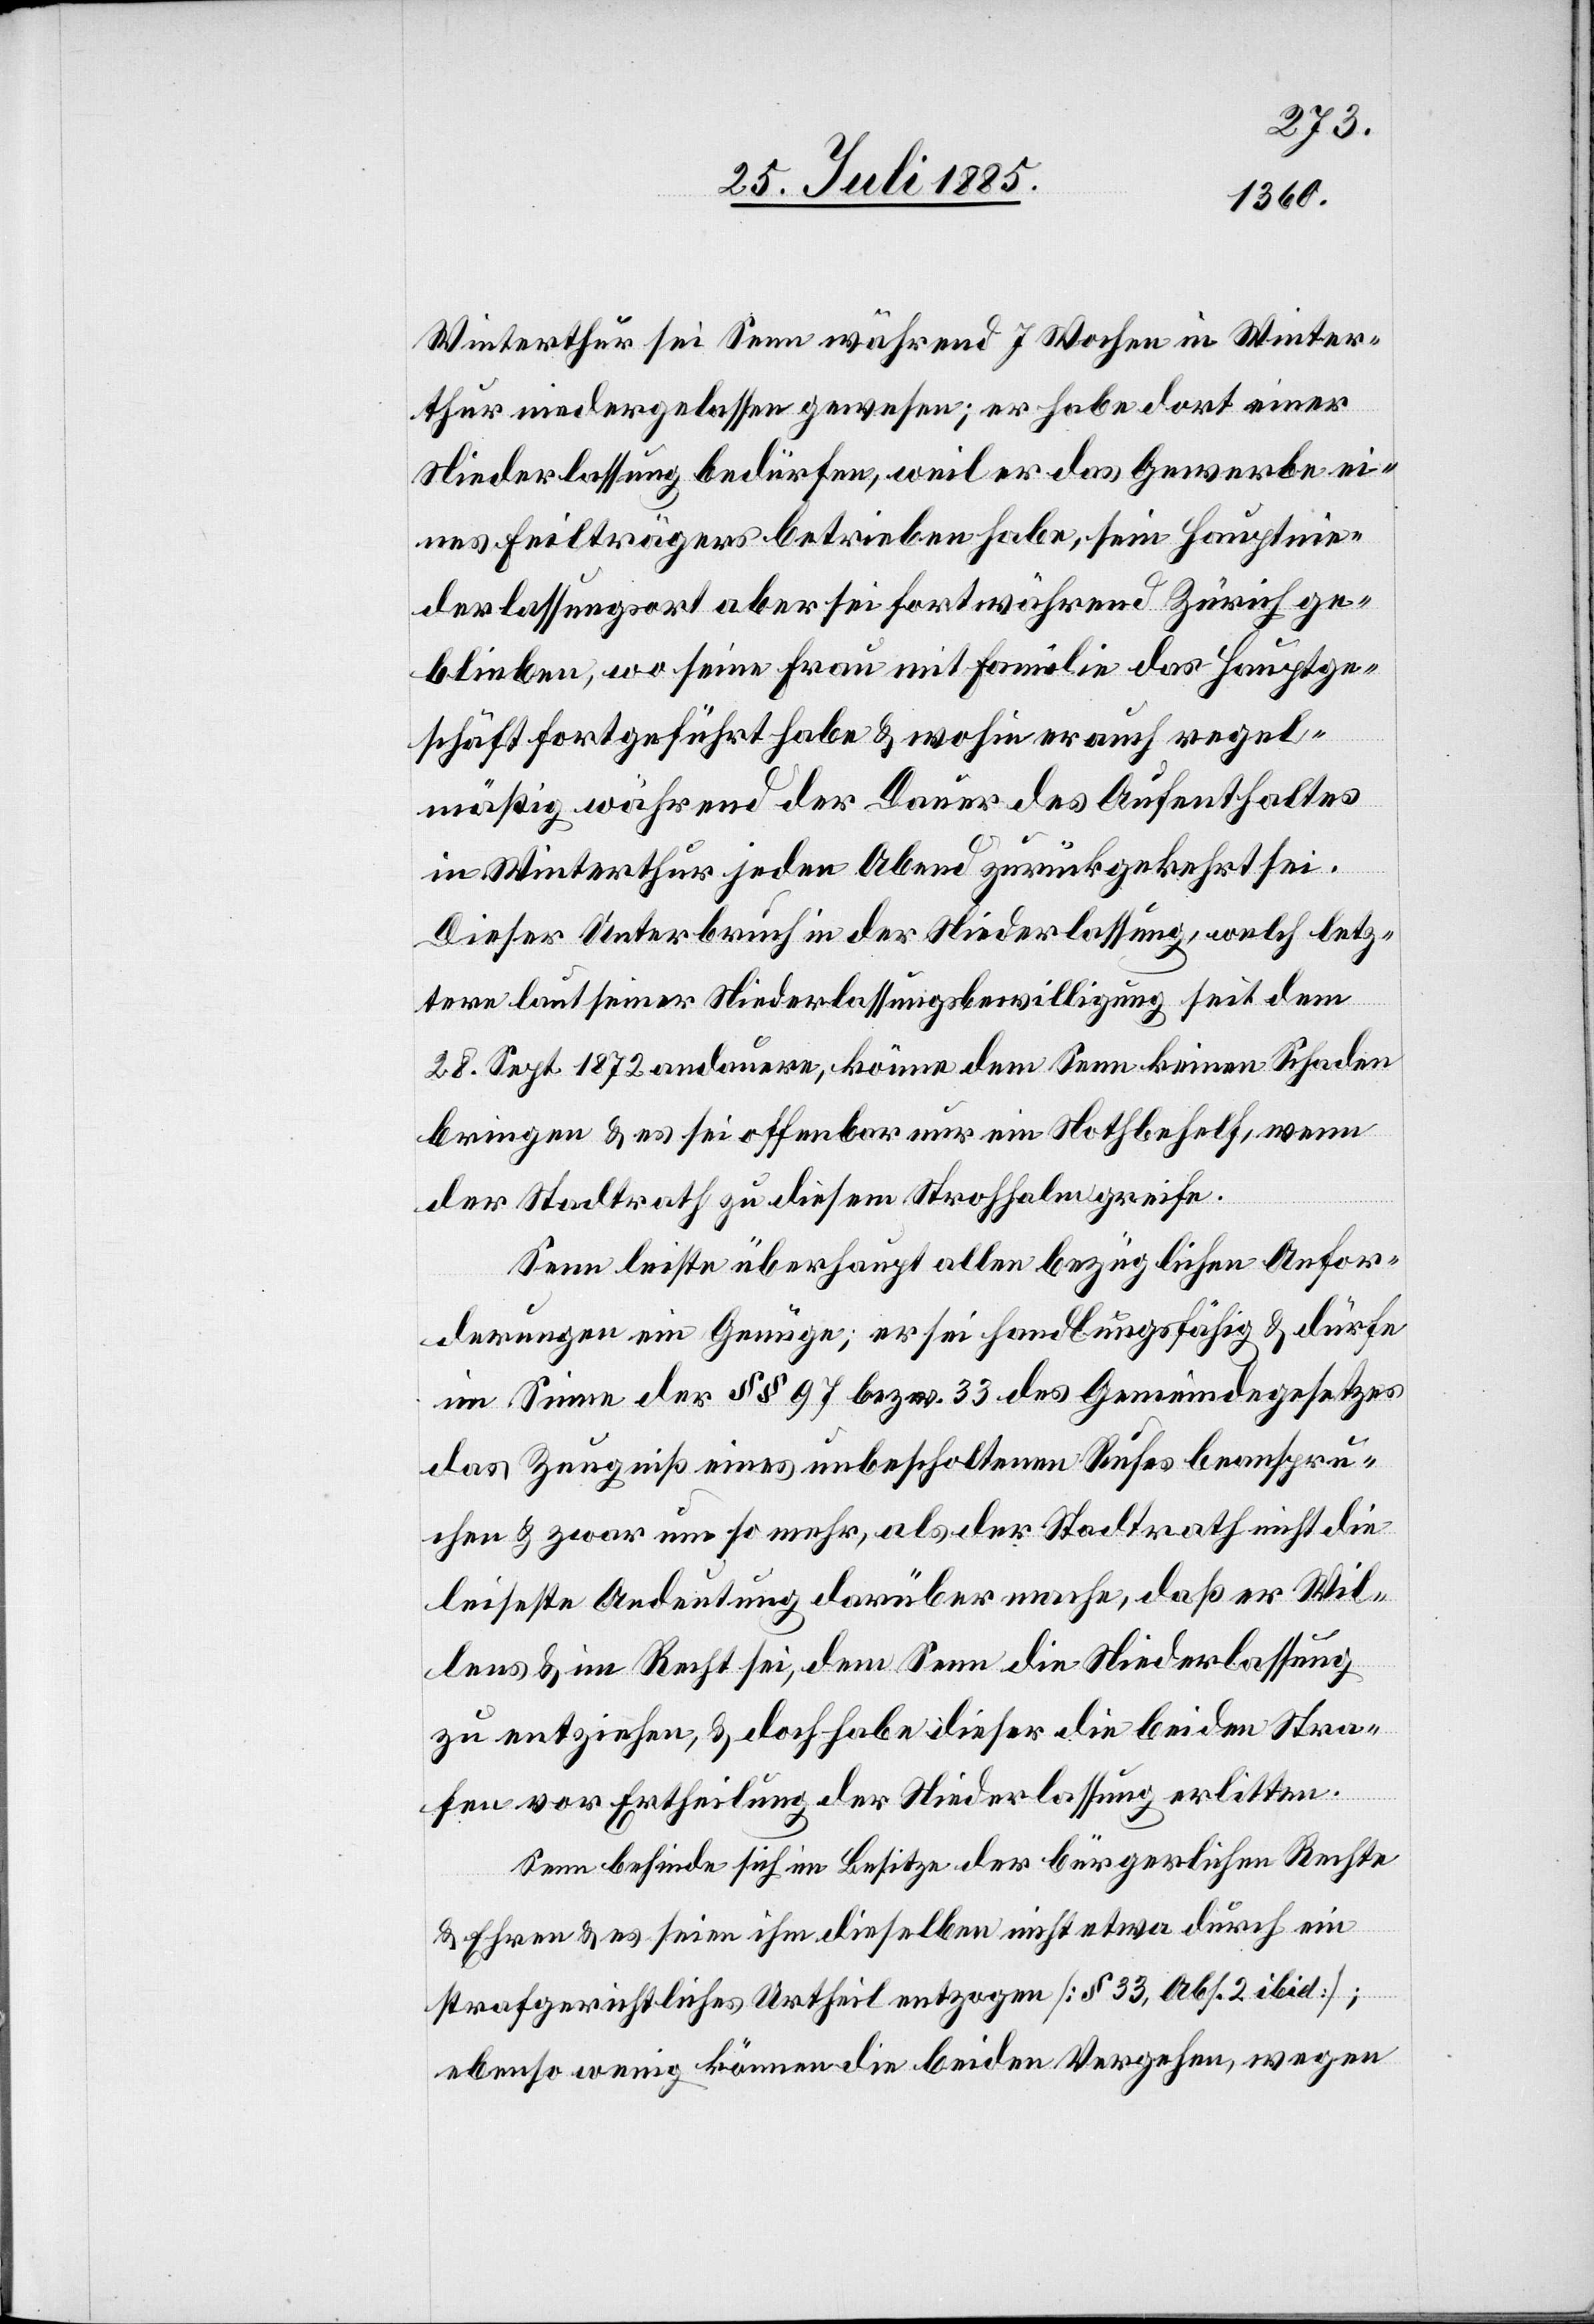
Winterthur sei Senn während 7 Wochen in Winter¬
thur niedergelassen gewesen; er habe dort einer
Niederlassung bedürfen, weil er das Gewerbe ei¬
nes Feilträgers betrieben habe, sein Hauptnie¬
derlassungsort aber sei fortwährend Zürich ge¬
blieben, wo seine Frau mit Familie das Hauptge¬
schäft fortgeführt habe & wohin er auch regel¬
mäßig während der Dauer des Aufenthaltes
in Winterthur jeden Abend zurückgekehrt sei.
Dieser Unterbruch in der Niederlassung, welche letz¬
tere laut seiner Niederlassungsbewilligung seit dem
28. Sept. 1872 andauere, könne dem Senn keinen Schaden
bringen & es sei offenbar nur ein Notbehelf, wenn
der Stadtrath zu diesem Strohhalm greife.
Senn leiste überhaupt allen bezüglichen Anfor¬
derungen ein Genüge; er sei handlungsfähig & dürfe
im Sinne der §§ 97 bezw. 33 des Gemeindegesetzes
das Zeugniß eines unbescholtenen Rufes beanspru¬
chen & zwar um so mehr, als der Stadtrath nicht die
leiseste Andeutung darüber mache, daß er Wil¬
lens & im Recht sei, dem Senn die Niederlassung
zu entziehen, & doch habe dieser die beiden Stra¬
fen vor Ertheilung der Niederlassung erlitten.
Senn befinde sich im Besitze der bürgerlichen Rechte
& Ehren & es seien ihm dieselben nicht etwa durch ein
strafgerichtliches Urtheil entzogen [§ 33, Abs. 2 ibid];
ebenso wenig können die beiden Vergehen, wegen